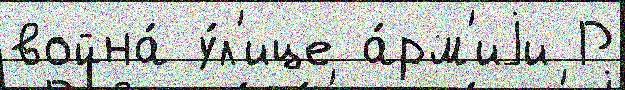
война́ у́л'ице а́рм'иjи Р